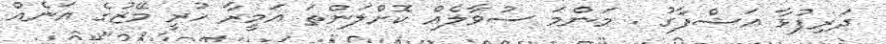
ދަރިފުޅާ އަޝްފާގު . މަންމަ ސުވާލެއް ކޮށްލަންތަ އަމީރާ ހުރީ މޭޒުގެ އަނެއް